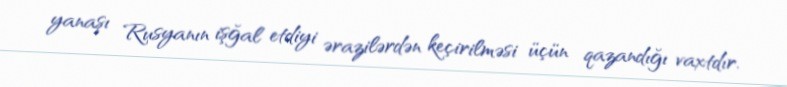
yanaşı Rusyanın işğal etdiyi ərazilərdən keçirilməsi üçün qazandığı vaxtdır.